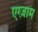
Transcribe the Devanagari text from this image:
एग्ज़ाम